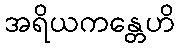
အရိယကန္တေဟိ